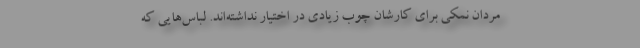
مردان نمکی برای کارشان چوب زیادی در اختیار نداشته‌اند. لباس‌هایی که